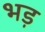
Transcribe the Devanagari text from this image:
भड़